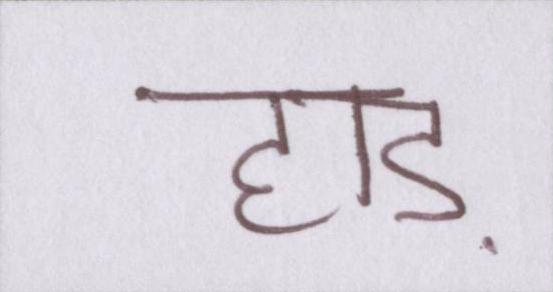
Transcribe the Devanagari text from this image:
हाड़